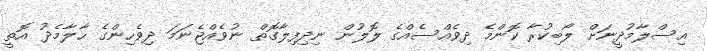
އިސްލާމުދީނަށް ލޯބިކުރާ ކޮންމެ ދިވެއްސެއްގެ ލޮލުން ނިދިފިލާގޮތް ނުވެއްޖެނަމަ ދިވެހިންގެ ޙާލާމެދު އޮތީ